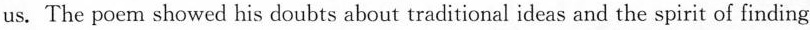
us. The poem showed his doubts about traditional ideas and the spirit of finding